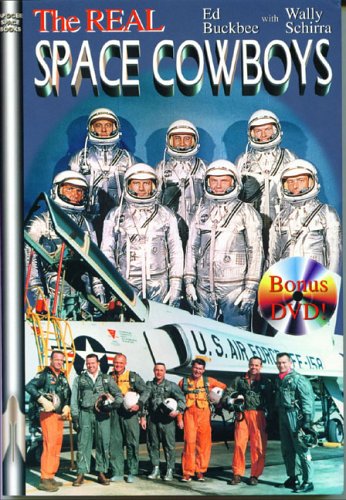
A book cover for The Real Space Cowboys, with Bonus DVD Video Disc; Ed Buckbee; Travel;